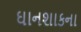
ઘાનશાકના